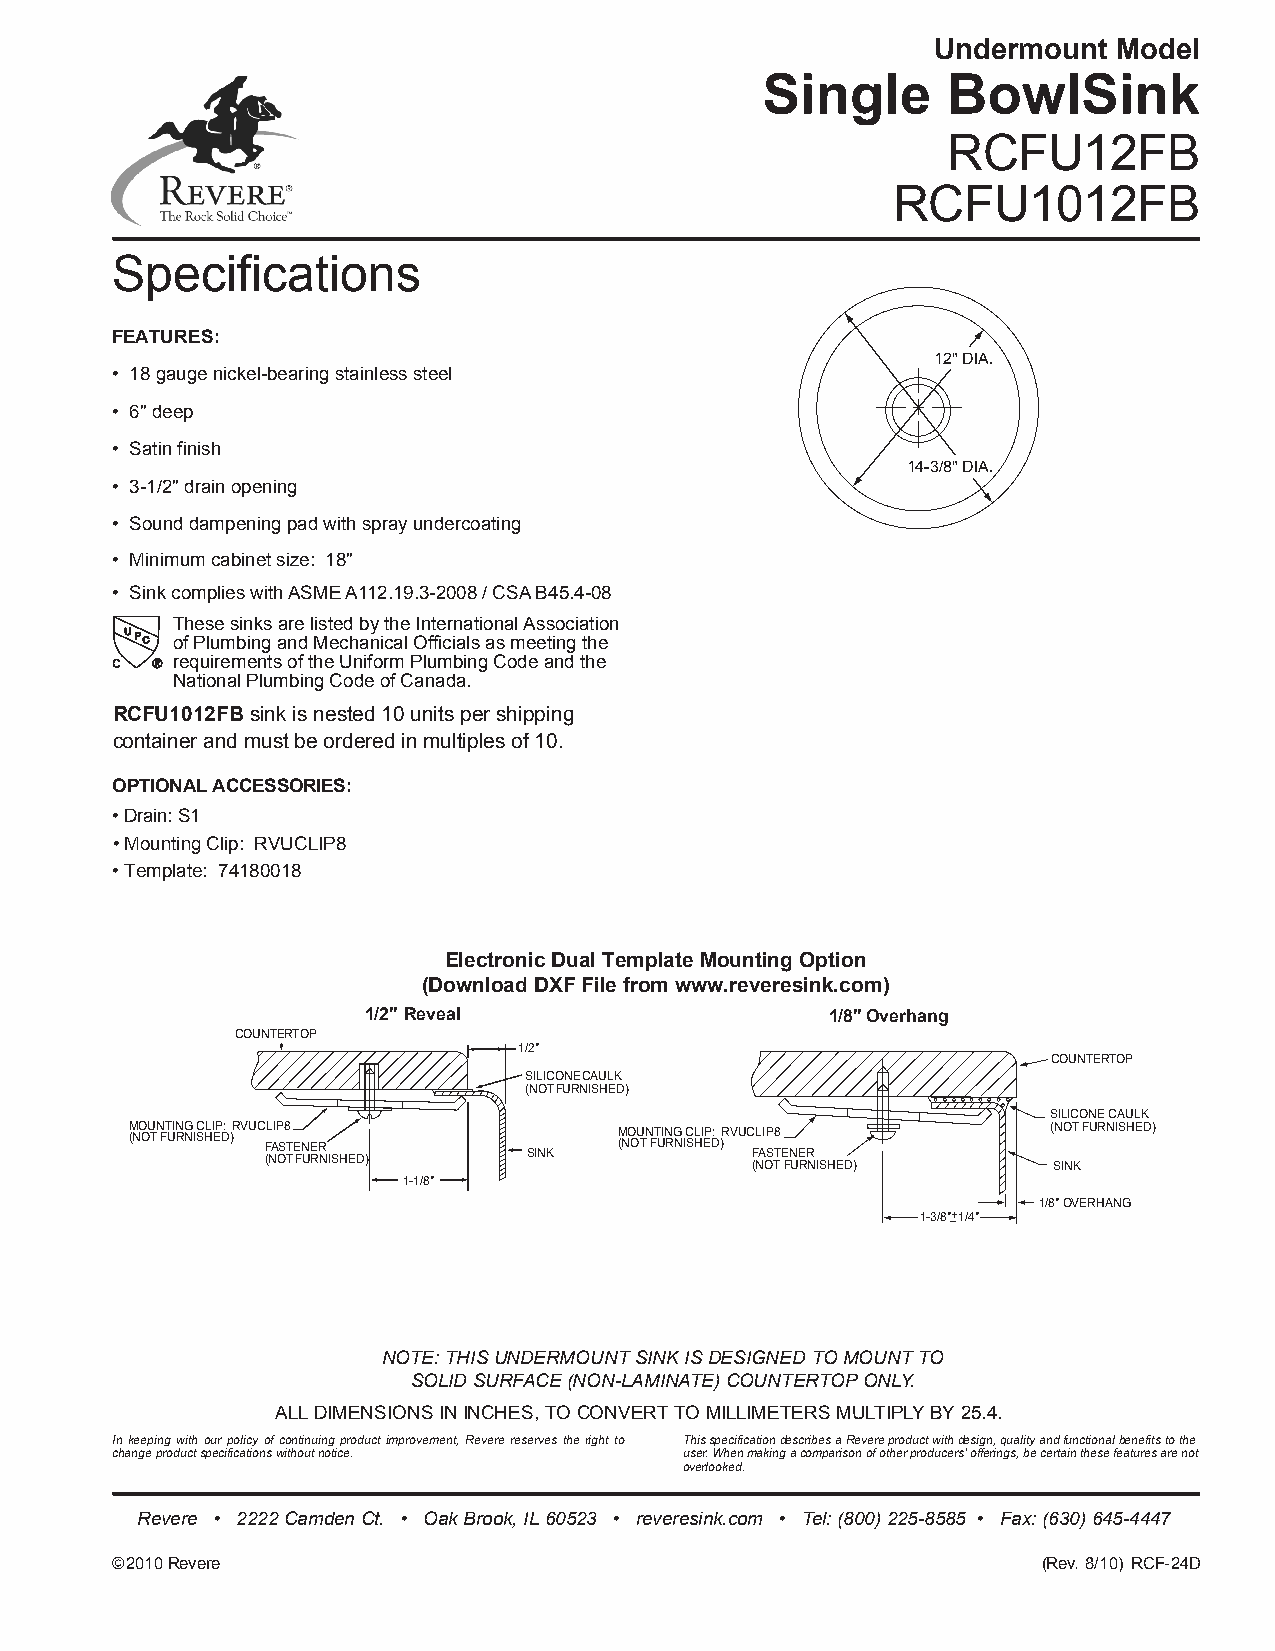
Undermount  Model
 Single       BowlSink
 RCFU12FB
 RCFU1012FB
 Specifications
 FEATURES:
 12" DIA.
 • 18 gauge nickel-bearing stainless steel
 • 6" deep
 • Satin finish
 14-3/8" DIA.
 • 3-1/2" drain opening
 • Sound dampening pad with spray undercoating
 • Minimum cabinet size: 18"
 • Sink complies with ASME A112.19.3-2008 / CSA B45.4-08
 These sinks are listed by the International Association
 of Plumbing and Mechanical Officials as meeting the
 C   requirements of the Uniform Plumbing Code and the
 National Plumbing Code of Canada.
 RCFU1012FB sink is nested 10 units per shipping
 container and must be ordered in multiples of 10.
 OPTIONAL ACCESSORIES:
 • Drain: S1
 • Mounting Clip: RVUCLIP8
 • Template: 74180018
 Electronic Dual Template Mounting Option
 (Download DXF File from www.reveresink.com)
 1/2" Reveal                    1/8"Overhang
 COUNTERTOP
 1/2"
 COUNTERTOP
 SILICONECAULK
 (NOTFURNISHED)
 SILICONE CAULK
 M (NO OU TN FT UIN RG N IC SHLI EP D: )RVUC FL AIP S8 TENER M (NO OU TN FT UIN RG N IC SL HI EP D: )RVUCLIP8 (NOTFURNISHED)
 (NOTFURNISHED)   SINK           FASTENER
 (NOTFURNISHED)      SINK
 1-1/8"
 1/8"OVERHANG
 1-3/8"_+1/4"
 NOTE: THIS UNDERMOUNT SINK IS DESIGNED TO MOUNT TO
 SOLID SURFACE (NON-LAMINATE) COUNTERTOP ONLY.
 ALL DIMENSIONS IN INCHES, TO CONVERT TO MILLIMETERS MULTIPLY BY 25.4.
 In keeping with our policy of continuing product improvement, Revere reserves the right to This specification describes a Revere product with design, quality and functional benefits to the
 change product specifications without notice. user. When making a comparison of other producers’ offerings, be certain these features are not
 overlooked.
 Revere • 2222 Camden Ct. • Oak Brook, IL 60523 • reveresink.com • Tel: (800) 225-8585 • Fax: (630) 645-4447
 ©2010 Revere                                                  (Rev. 8/10) RCF-24D